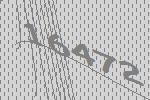
16472